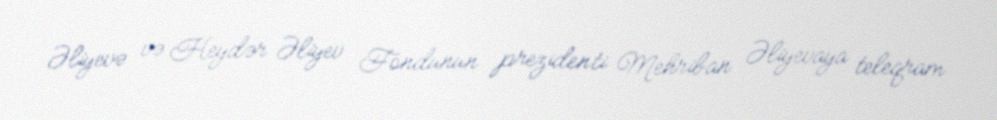
Əliyevə və Heydər Əliyev Fondunun prezidenti Mehriban Əliyevaya teleqram